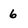
Character: 6